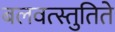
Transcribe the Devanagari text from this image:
बलवत्स्तुतिते